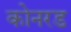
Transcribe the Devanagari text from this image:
कोनरड